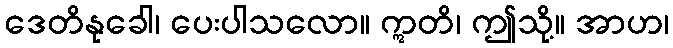
ဒေတိနုခေါ၊ ပေးပါသလော။ ဣတိ၊ ဤသို့။ အာဟ၊